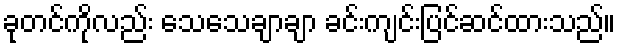
ခုတင်ကိုလည်း သေသေချာချာ ခင်းကျင်းပြင်ဆင်ထားသည်။